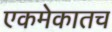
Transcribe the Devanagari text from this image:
एकमेकातच